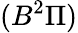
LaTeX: (B^{2}\Pi)